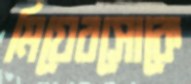
মিয়েরসোকে